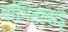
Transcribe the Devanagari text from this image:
नांगिताबाई